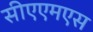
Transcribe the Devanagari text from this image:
सीएएमएस